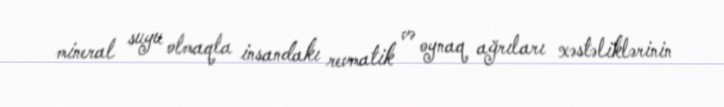
mineral suyu olmaqla insandakı revmatik və oynaq ağrıları xəstəliklərinin